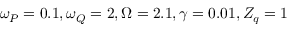
\omega _ { P } = 0 . 1 , \omega _ { Q } = 2 , \Omega = 2 . 1 , \gamma = 0 . 0 1 , Z _ { q } = 1